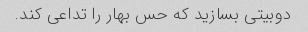
دوبیتی بسازید که حس بهار را تداعی کند.